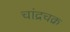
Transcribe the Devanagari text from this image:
चांद्रचक्र